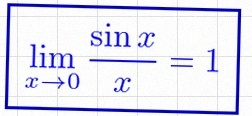
\lim_{x\to0}\frac{\sin x}{x}=1